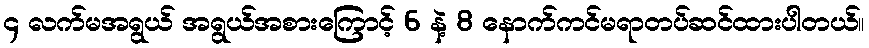
၄ လက်မအရွယ် အရွယ်အစားကြောင့် 6 နဲ့ 8 နောက်ကင်မရာတပ်ဆင်ထားပါတယ်။